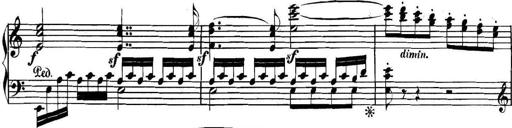
Title: Collected Piano Sonatas
Composer: Muzio Clementi